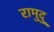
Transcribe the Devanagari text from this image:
रामुदु